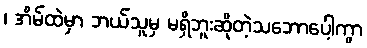
၊ အိမ်ထဲမှာ ဘယ်သူမှ မရှိဘူးဆိုတဲ့သဘောပေါ့ကွာ